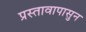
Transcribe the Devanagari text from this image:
प्रस्तावापासुन